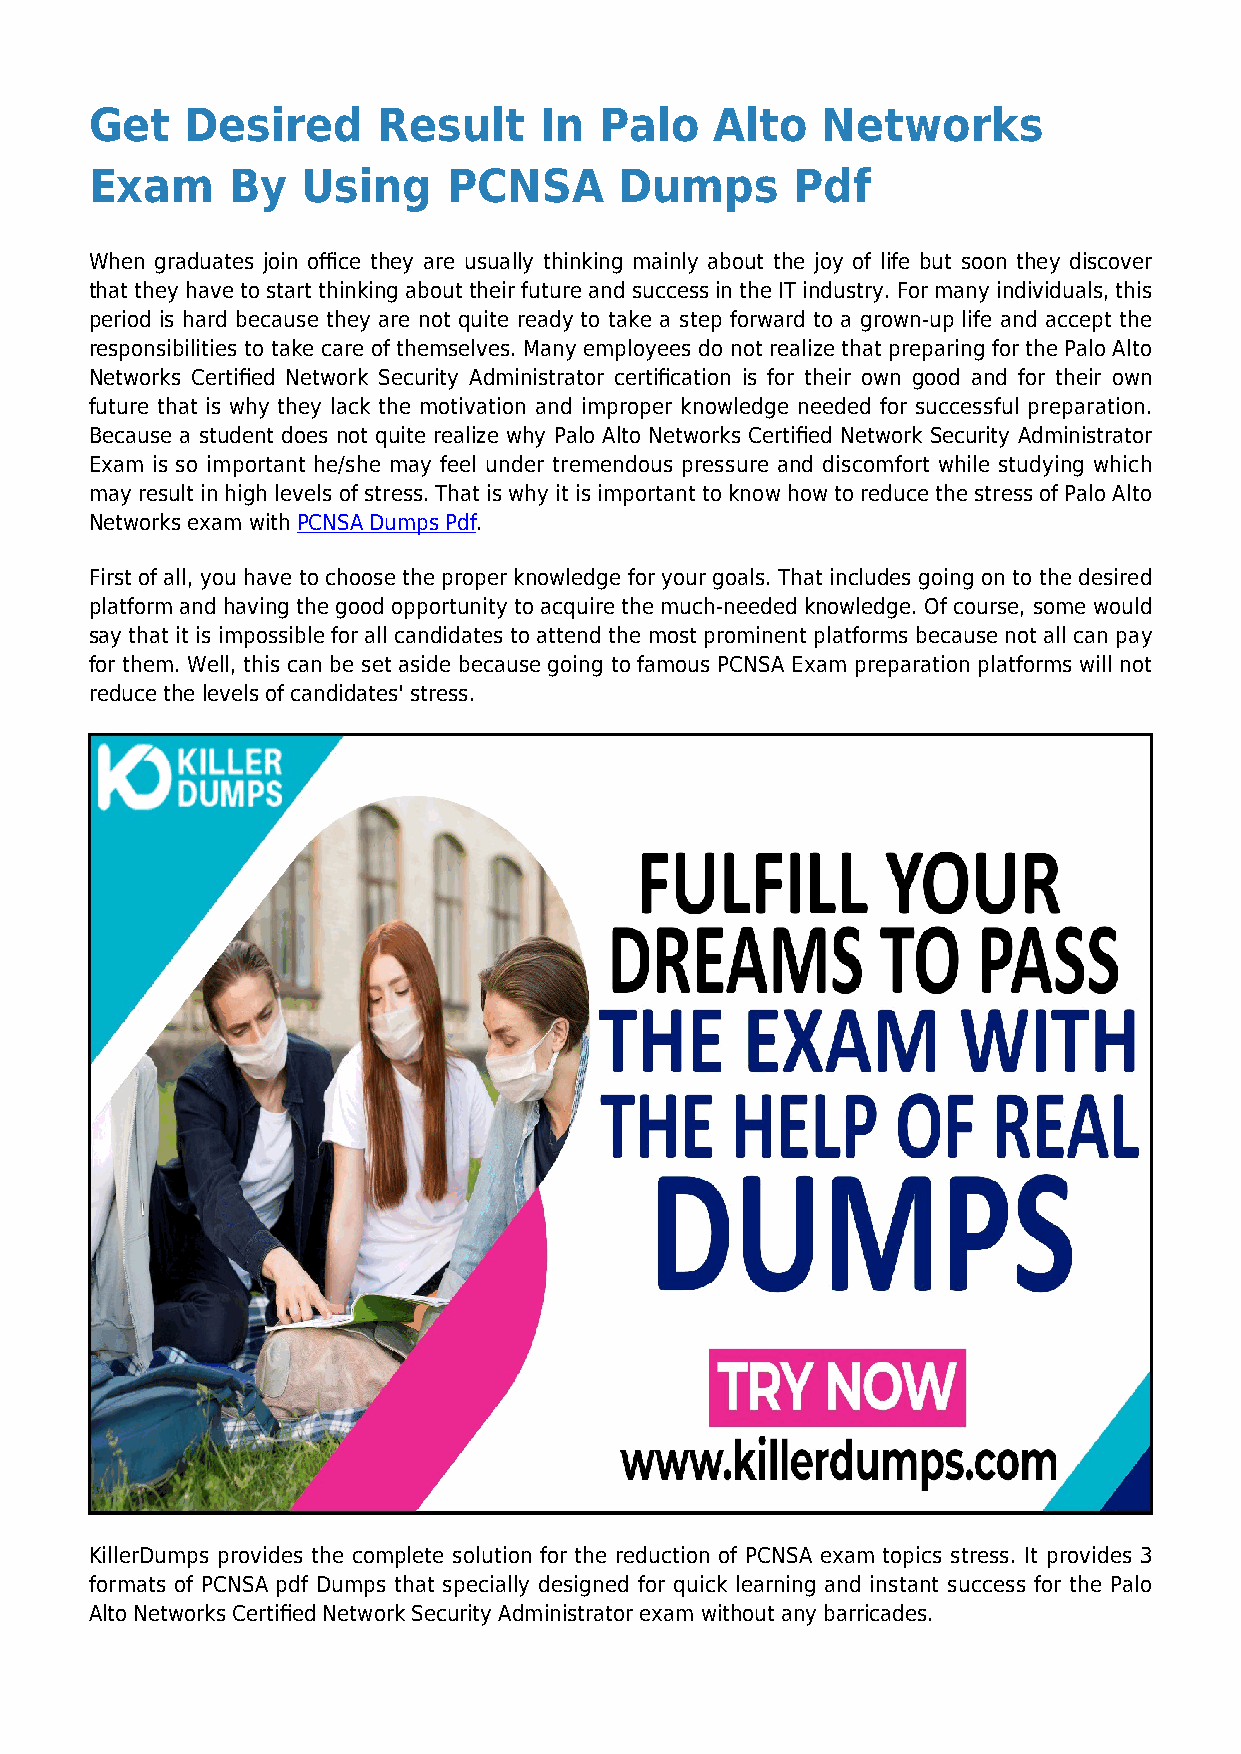
Get   Desired      Result     In  Palo   Alto   Networks
 Exam     By   Using     PCNSA      Dumps      Pdf
 When graduates join office they are usually thinking mainly about the joy of life but soon they discover
 that they have to start thinking about their future and success in the IT industry. For many individuals, this
 period is hard because they are not quite ready to take a step forward to a grown-up life and accept the
 responsibilities to take care of themselves. Many employees do not realize that preparing for the Palo Alto
 Networks Certified Network Security Administrator certification is for their own good and for their own
 future that is why they lack the motivation and improper knowledge needed for successful preparation.
 Because a student does not quite realize why Palo Alto Networks Certified Network Security Administrator
 Exam is so important he/she may feel under tremendous pressure and discomfort while studying which
 may result in high levels of stress. That is why it is important to know how to reduce the stress of Palo Alto
 Networks exam with PCNSA Dumps Pdf.
 First of all, you have to choose the proper knowledge for your goals. That includes going on to the desired
 platform and having the good opportunity to acquire the much-needed knowledge. Of course, some would
 say that it is impossible for all candidates to attend the most prominent platforms because not all can pay
 for them. Well, this can be set aside because going to famous PCNSA Exam preparation platforms will not
 reduce the levels of candidates' stress.
 KillerDumps provides the complete solution for the reduction of PCNSA exam topics stress. It provides 3
 formats of PCNSA pdf Dumps that specially designed for quick learning and instant success for the Palo
 Alto Networks Certified Network Security Administrator exam without any barricades.